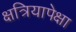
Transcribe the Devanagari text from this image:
क्षत्रियापेक्षा